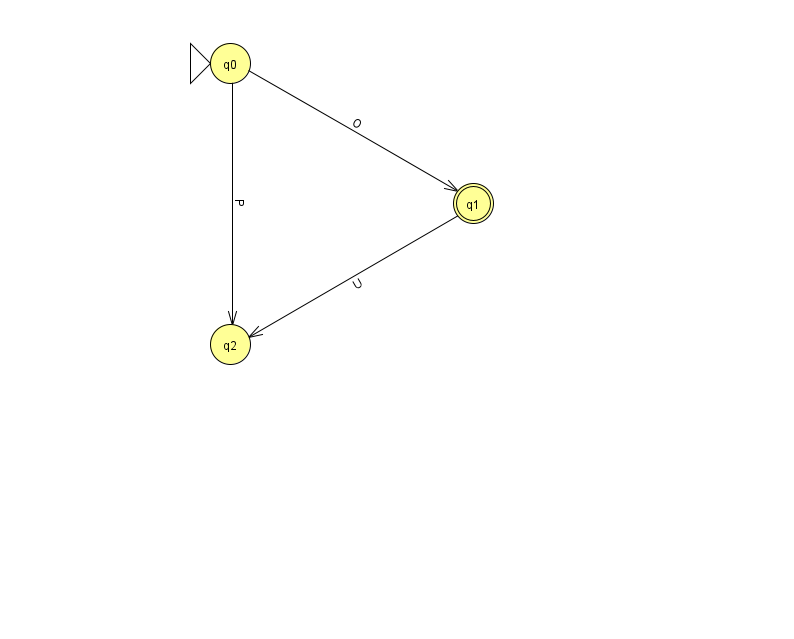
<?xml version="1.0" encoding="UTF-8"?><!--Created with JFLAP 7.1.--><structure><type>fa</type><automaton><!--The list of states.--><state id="0" name="q0"><x>230.0</x><y>50.0</y><initial/></state><state id="1" name="q1"><x>473.0</x><y>190.0</y><final/></state><state id="2" name="q2"><x>230.0</x><y>331.0</y></state><!--The list of transitions.--><transition><from>1</from><to>2</to><read>U</read></transition><transition><from>0</from><to>2</to><read>P</read></transition><transition><from>0</from><to>1</to><read>O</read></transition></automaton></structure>